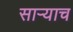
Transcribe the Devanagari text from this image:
साऱ्याच